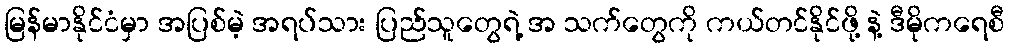
မြန်မာနိုင်ငံမှာ အပြစ်မဲ့ အရပ်သား ပြည်သူတွေရဲ့ အ သက်တွေကို ကယ်တင်နိုင်ဖို့ နဲ့ ဒီမိုကရေစီ